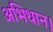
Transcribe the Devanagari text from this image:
अभिधान।